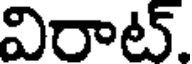
విరాట్.